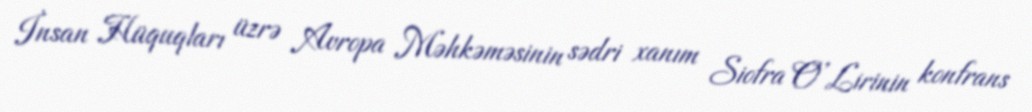
İnsan Hüquqları üzrə Avropa Məhkəməsinin sədri xanım Siofra O’Lirinin konfrans